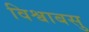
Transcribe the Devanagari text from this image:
विश्वाबसु